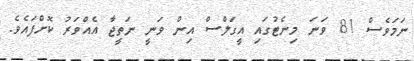
ނަމަވެސް 81 ވަނަ މިނެޓުގައި އީގަލްސް އިން ވަނީ ނަތީޖާ އެއްވަރު ކޮށްފައެވެ.